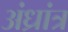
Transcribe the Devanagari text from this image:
अंध्रांत्र